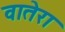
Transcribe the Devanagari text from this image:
वातेरा